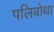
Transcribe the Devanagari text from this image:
पलिबोथा